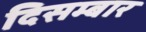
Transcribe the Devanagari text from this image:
दिसम्बार